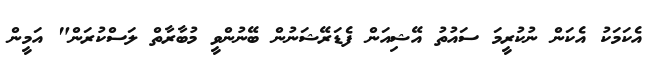
އެކަމަކު އެކަން ނުކުރީމަ ސައުތު އޭޝިއަން ފެޑަރޭޝަނުން ބޭނުންވީ މުބާރާތް ލަސްކުރަން" އަމީން